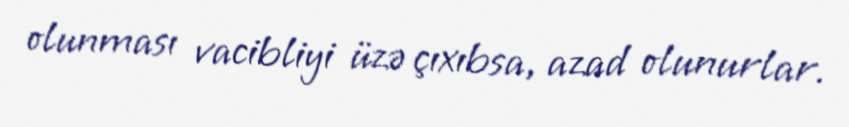
olunması vacibliyi üzə çıxıbsa, azad olunurlar.